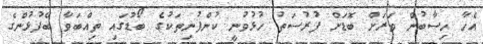
އެހާ ހިސާބުން ވަރަށް ބޮޑަށް ފުރުސަތު ހުޅުވުނީ ކުންފުނިތަކުގެ ބޯޑުގައި ތިއްބަވާ ބޭފުޅުންގެ